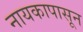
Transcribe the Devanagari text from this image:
नायकापासून